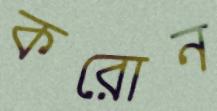
করোন